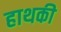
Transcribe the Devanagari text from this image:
हाथकी